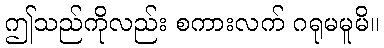
ဤသည်ကိုလည်း စကားလက် ဂရုမမူမိ။